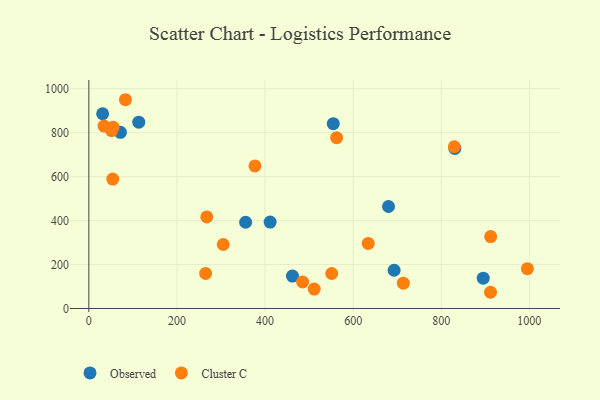
{"axis": {"x": "Distance", "y": "Salary"}, "legend": ["Cluster C", "Observed"], "data": [{"x": "693.0", "y": 174.0, "type": "Observed"}, {"x": "411.5", "y": 393.3, "type": "Observed"}, {"x": "31.3", "y": 886.3, "type": "Observed"}, {"x": "355.9", "y": 392.4, "type": "Observed"}, {"x": "71.7", "y": 801.7, "type": "Observed"}, {"x": "462.2", "y": 147.6, "type": "Observed"}, {"x": "554.9", "y": 840.9, "type": "Observed"}, {"x": "680.3", "y": 464.2, "type": "Observed"}, {"x": "113.3", "y": 847.8, "type": "Observed"}, {"x": "830.9", "y": 728.6, "type": "Observed"}, {"x": "895.3", "y": 137.8, "type": "Observed"}, {"x": "634.2", "y": 295.9, "type": "Cluster C"}, {"x": "305.1", "y": 291.2, "type": "Cluster C"}, {"x": "267.8", "y": 416.8, "type": "Cluster C"}, {"x": "829.7", "y": 736.1, "type": "Cluster C"}, {"x": "51.7", "y": 809.5, "type": "Cluster C"}, {"x": "83.1", "y": 950.1, "type": "Cluster C"}, {"x": "995.5", "y": 181.1, "type": "Cluster C"}, {"x": "713.9", "y": 115.3, "type": "Cluster C"}, {"x": "54.3", "y": 589.0, "type": "Cluster C"}, {"x": "377.1", "y": 648.9, "type": "Cluster C"}, {"x": "34.6", "y": 830.0, "type": "Cluster C"}, {"x": "551.4", "y": 159.3, "type": "Cluster C"}, {"x": "912.2", "y": 327.1, "type": "Cluster C"}, {"x": "511.6", "y": 88.3, "type": "Cluster C"}, {"x": "485.3", "y": 120.5, "type": "Cluster C"}, {"x": "55.1", "y": 824.6, "type": "Cluster C"}, {"x": "911.8", "y": 73.8, "type": "Cluster C"}, {"x": "265.1", "y": 159.5, "type": "Cluster C"}, {"x": "562.5", "y": 777.1, "type": "Cluster C"}]}